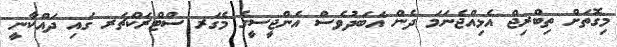
މިގޮތަށް ތިބްރިޖް އެޅިއްޖެނަމަ ދެން އަބަދުވެސް އެންޖީސީގެ މެގަރ ސްޓްރަކްޗަރ ގައި ދައްކާނީ